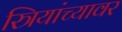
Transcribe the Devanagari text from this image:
स्त्रियांच्यावर